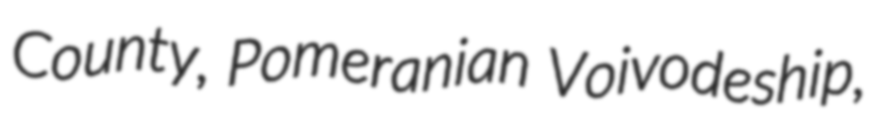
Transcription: County, Pomeranian Voivodeship,